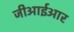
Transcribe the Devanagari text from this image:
जीआईआर